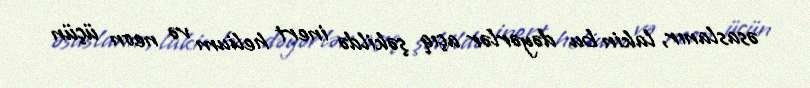
əsaslanır, lakin bu dəyərlər açıq şəkildə inert helium və neon üçün